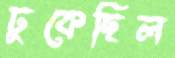
ঢুকেছিল